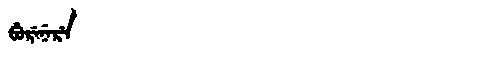
Manchu: ᠪᡠᡵᡝᠨᡝᡵᡝ
Romanization: BURENERE